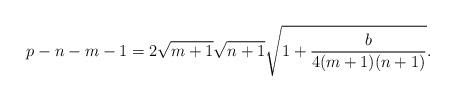
LaTeX: \begin{align*}p-n-m-1=2\sqrt{m+1}\sqrt{n+1}\sqrt{1+\frac{b}{4(m+1)(n+1)}}.\end{align*}